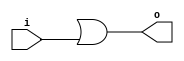
module gold(input i, output o);
assign o = 1'bx | i;
endmodule